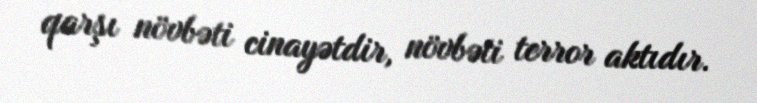
qarşı növbəti cinayətdir, növbəti terror aktıdır.